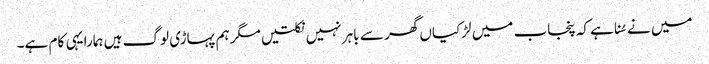
میں نے سُنا ہے کہ پنجاب میں لڑکیاں گھر سے باہر نہیں نکلتیں مگر ہم پہاڑی لوگ ہیں ہمارا یہی کام ہے۔